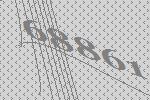
68861